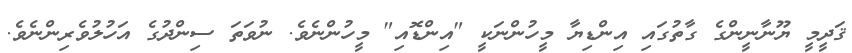
ޤަދީމީ ޔޫނާނީންގެ ގާތުގައި އިންޑިޔާ މީހުންނަކީ "އިންޑޮއި" މީހުންނެވެ. ނުވަތަ ސިންދުގެ އަހުލުވެރިންނެވެ.